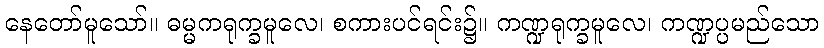
နေတော်မူသော်။ ဓမ္မကရုက္ခမူလေ၊ စကားပင်ရင်း၌။ ကဏ္ဍရုက္ခမူလေ၊ ကဏ္ဍပ္ပမည်သော